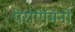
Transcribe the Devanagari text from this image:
पेराऐमिनो